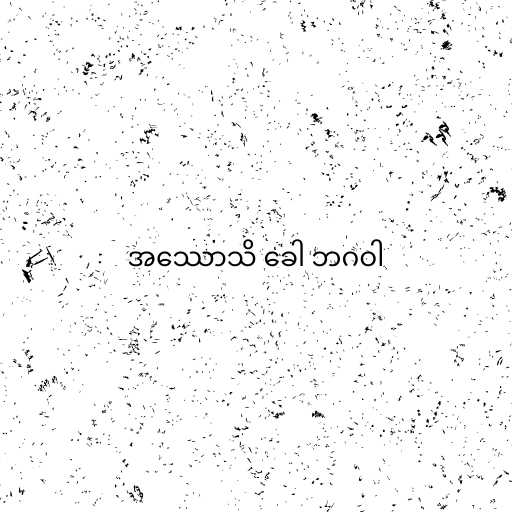
အဿောသိ ခေါ ဘဂဝါ